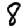
Digit: 8